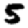
Digit: 5